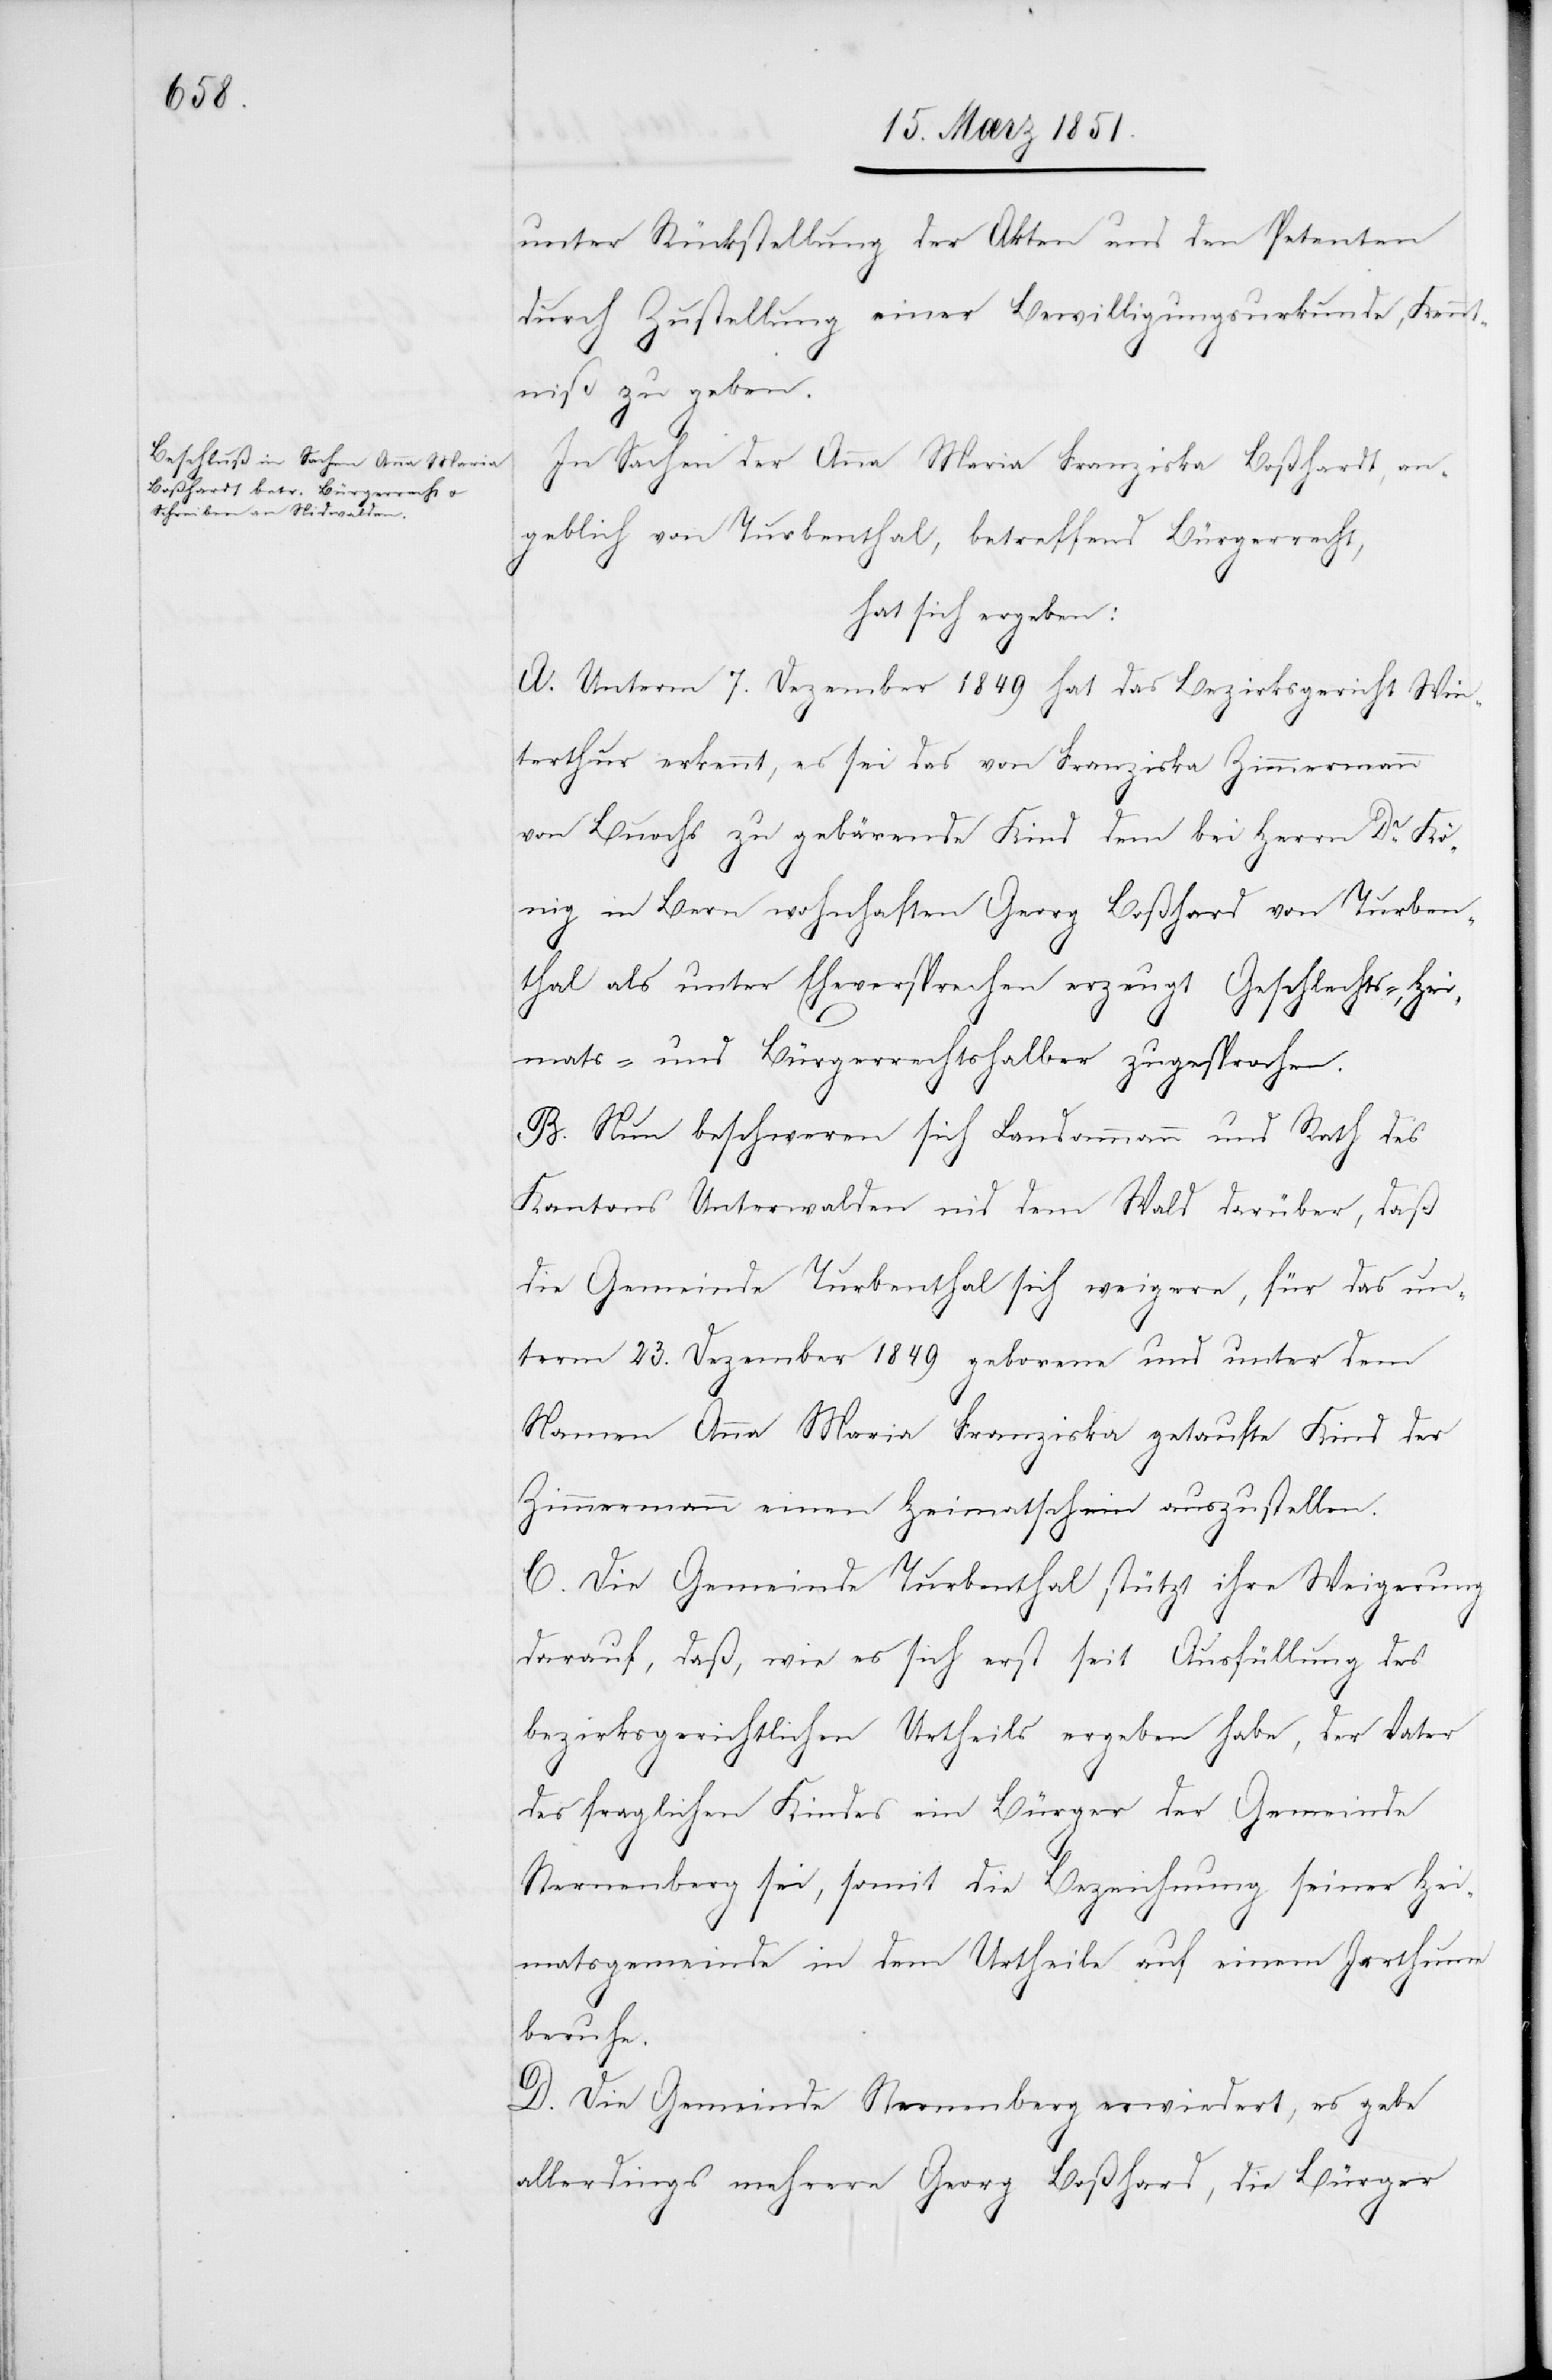
unter Rückstellung der Akten und den Petenten
durch Zustellung einer Bewilligungsurkunde, Kennt¬
niß zu geben.
te:
In Sachen der Anna Maria Franziska Boßhardt, an¬
geblich von Turbenthal, betreffend Bürgerrecht,
hat sich ergeben:
A. Unterm 7. Dezember 1849 hat das Bezirksgericht Win¬
terthur erkennt, es sei das von Franziska Zimmermann
von Buochs zu gebärende Kind dem bei Herrn Dr. Kö¬
nig in Bern wohnhaften Georg Boßhard [sic!] von Turben¬
thal als unter Eheversprechen erzeugt Geschlechts-, Hei¬
mats- und Bürgerrechtshalber zugesprochen.
B. Nun beschweren sich Landammann und Rath des
Kantons Unterwalden nid dem Wald darüber, daß
die Gemeinde Turbenthal sich weigere, für das un¬
term 23. Dezember 1849 geborene und unter dem
Namen Anna Maria Franziska getaufte Kind der
Zimmermann einen Heimatschein auszustellen.
C. Die Gemeinde Turbenthal stützt ihre Weigerung
darauf, daß, wie es sich erst seit Ausfüllung [rec¬
bezirksgerichtlichen Urtheils ergeben habe, der Vater
des fraglichen Kindes ein Bürger der Gemeinde
Sternenberg sei, somit die Bezeichnung seiner Hei¬
matsgemeinde in dem Urtheile auf einem Irrthume
beruhe.
D. Die Gemeinde Sternenberg erwiedert, es gebe
allerdings mehrere Georg Boßhard, die Bürger